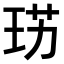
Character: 𤥉